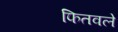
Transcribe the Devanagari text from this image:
फितवले